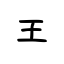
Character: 王